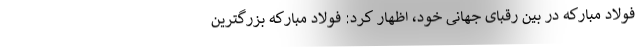
فولاد مبارکه در بین رقبای جهانی خود، اظهار کرد: فولاد مبارکه بزرگترین